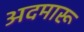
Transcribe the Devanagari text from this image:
अदमारू